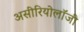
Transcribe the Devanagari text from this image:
असीरियोलॉजी